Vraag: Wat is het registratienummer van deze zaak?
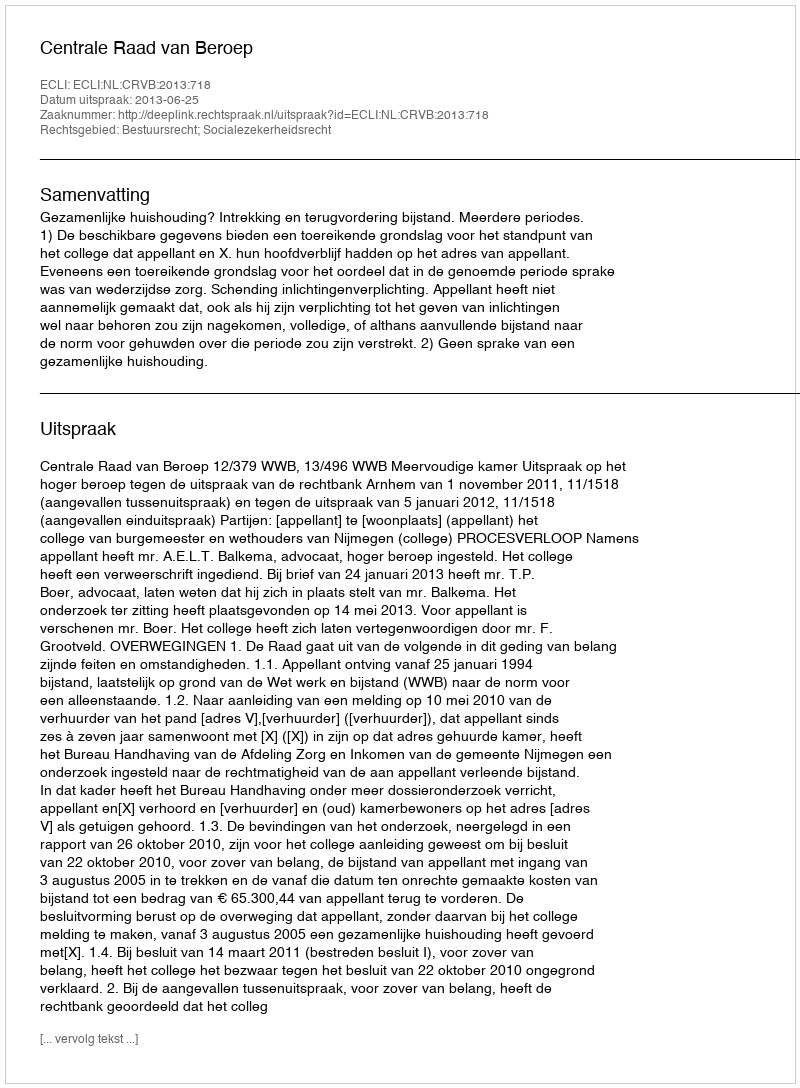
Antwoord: http://deeplink.rechtspraak.nl/uitspraak?id=ECLI:NL:CRVB:2013:718